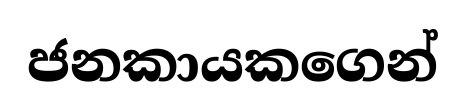
ජනකායකගෙන්